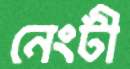
নেংটী